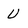
Character: U